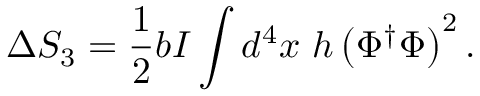
\Delta S _ { 3 } = \frac { 1 } { 2 } b I \int d ^ { 4 } x ~ h \left( \Phi ^ { \dagger } \Phi \right) ^ { 2 } .